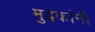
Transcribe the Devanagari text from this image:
मुद्रकांनी